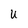
Character: u